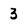
Character: 3